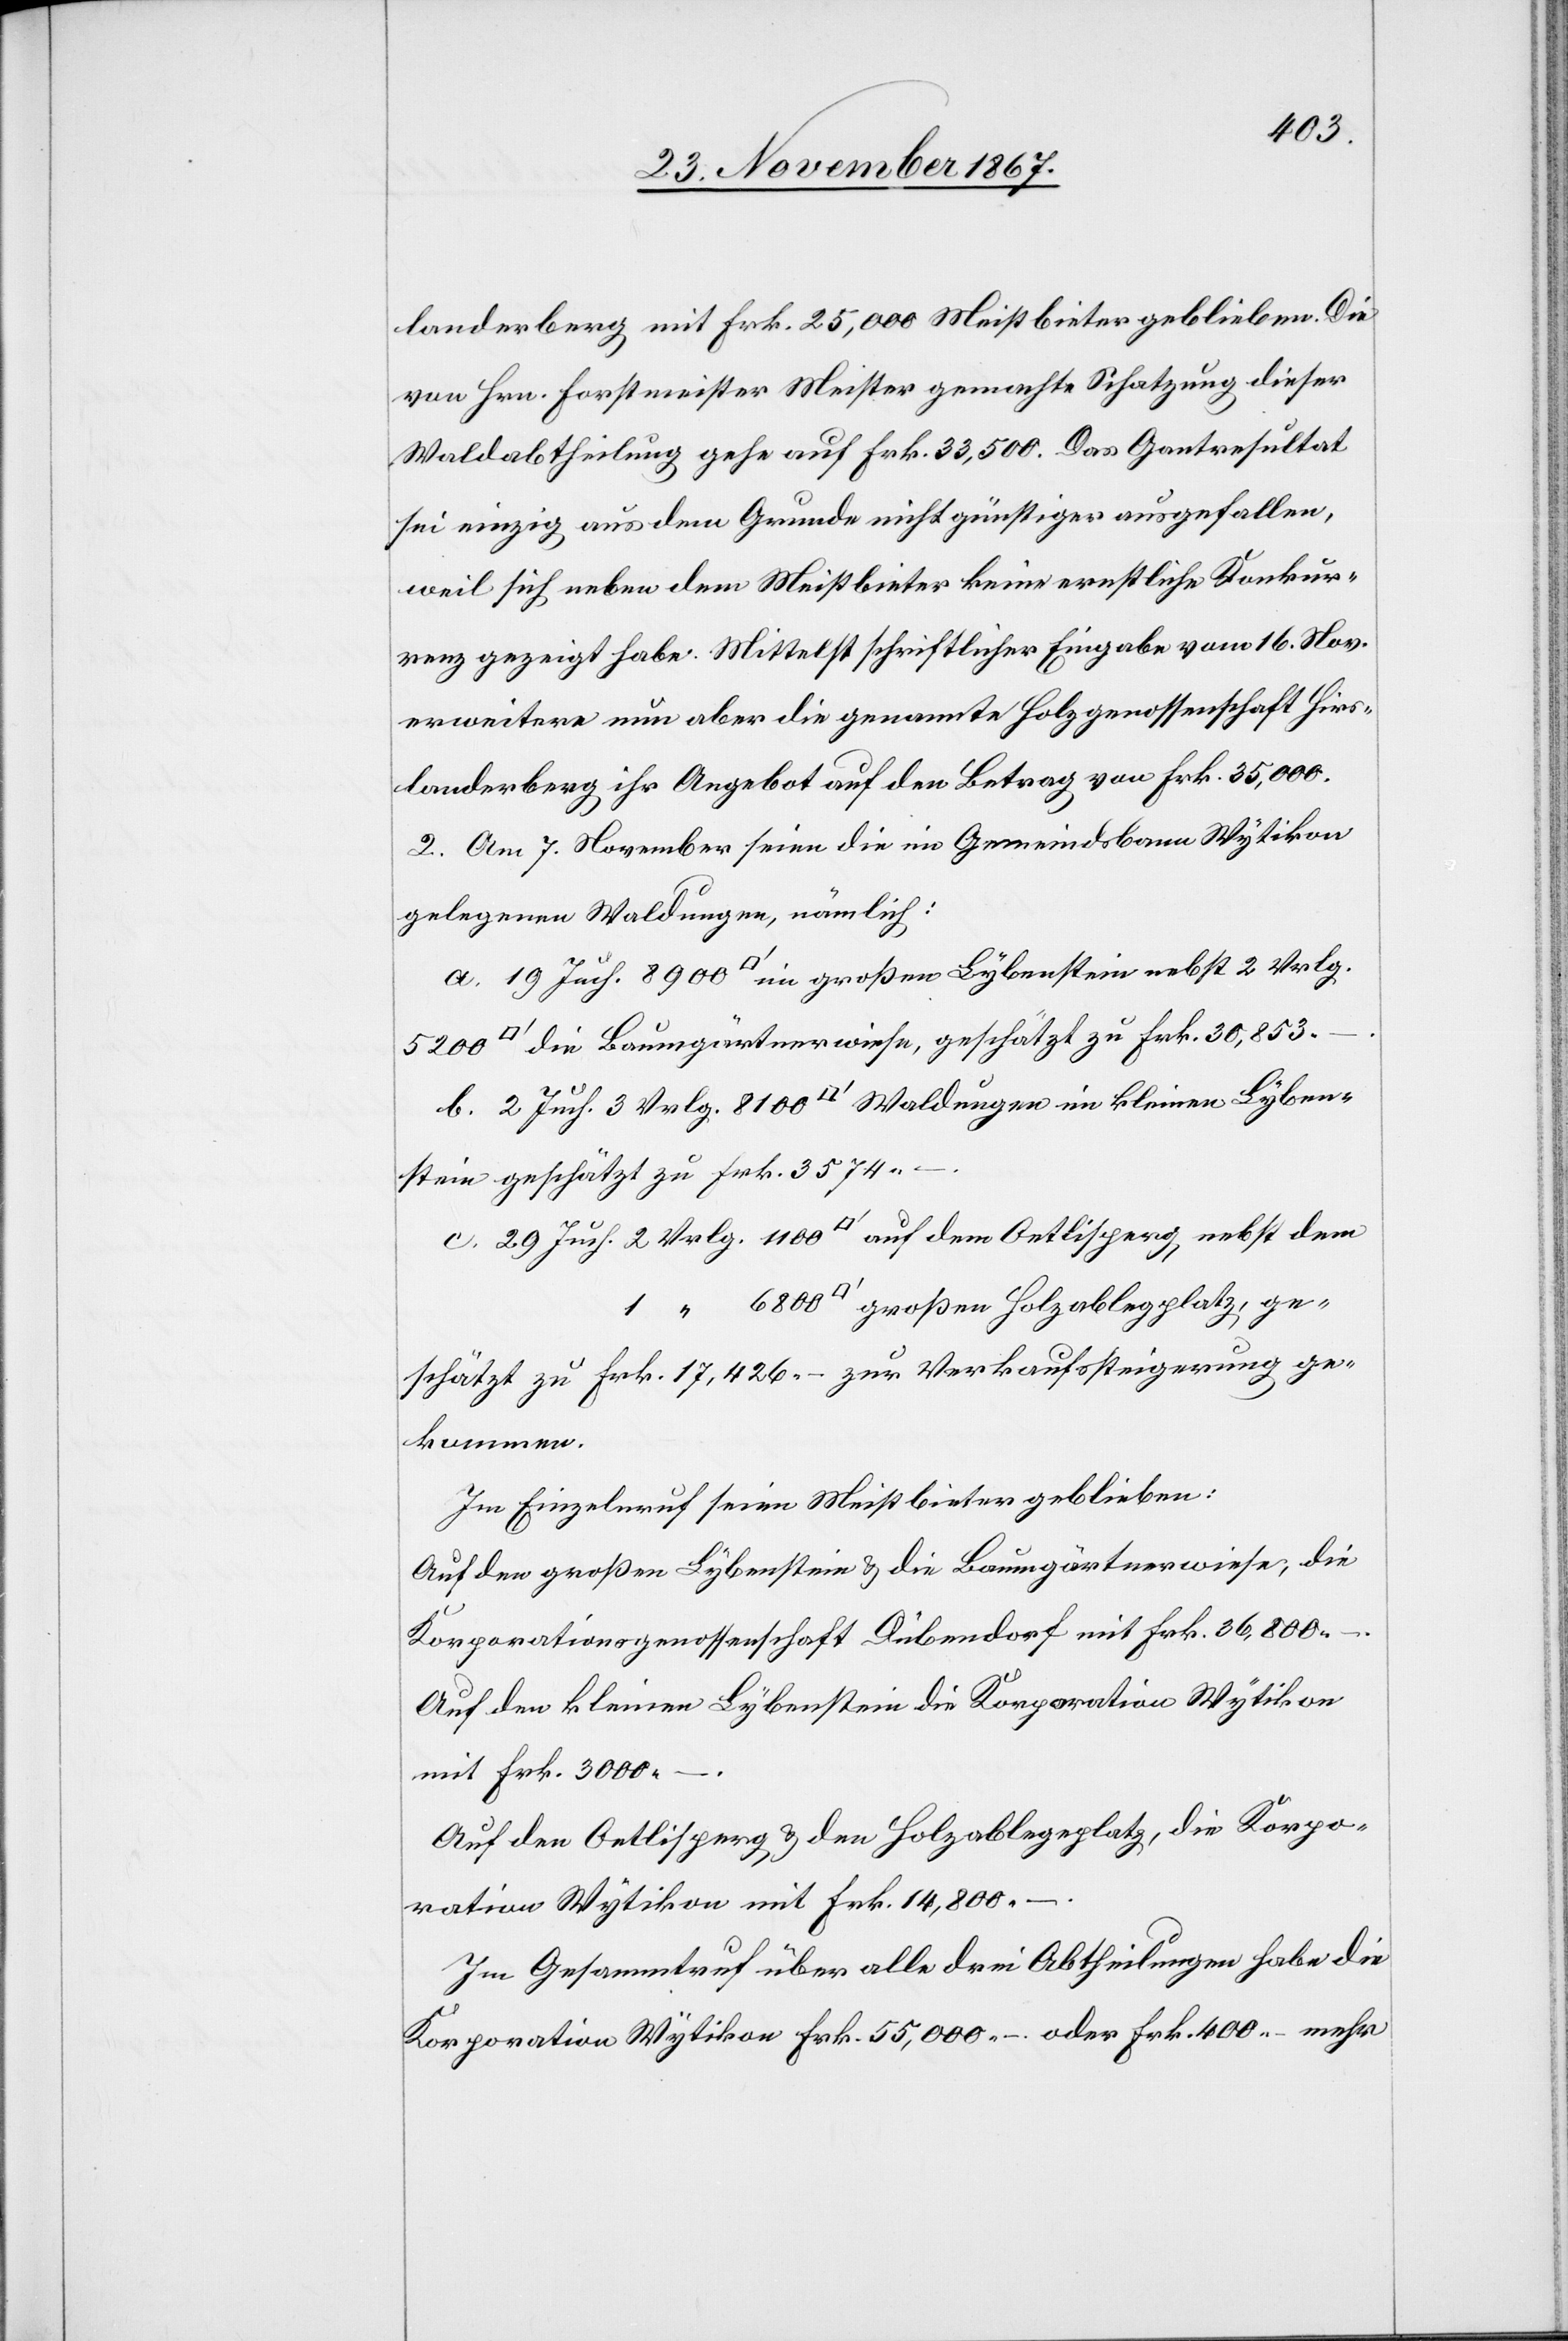
landerberg mit Frk. 25 000 Meistbieter geblieben. Die
von Hrn. Forstmeister Meister gemachte Schatzung dieser
Waldabtheilung gehe auf Frk. 33 500. Das Gantresultat
sei einzig aus dem Grunde nicht günstiger ausgefallen,
weil sich neben dem Meistbieter keine ernstliche Konkur¬
renz gezeigt habe. Mittelst schriftlicher Eingabe vom 16. Nov.
erweitere nun aber die genannte Holzgenossenschaft Hirs¬
landerberg ihr Angebot auf den Betrag von Frk. 35 000.
2. Am 7. November seien die im Gemeindsbann Wytikon
gelegenen Waldungen, nämlich:
a. 19 Juch. 8900 [Quadratfuß] im großen Lybenstein nebst 2 Vrlg.
die Baumgärtnerwiese, geschätzt zu Frk. 30 853.–.
b. 2 Juch 3 Vrlg. 8100 [Quadratfuß] Waldungen im kleinen Lyben¬
stein geschätzt zu Frk. 3574.–.
c. 29 Juch. 2 Vrlg. 1100 [Quadratfuß] auf dem Oetlisperg, nebst dem
schätzt zu Frk. 17 426.– zur Verkaufssteigerung ge¬
kommen.
Im Einzelnruf seien Meistbieter geblieben:
Auf den großen Lybenstein u. die Baumgärtnerwiese, die
ge¬
Korporationsgenossenschaft Dübendorf mit Frk. 36 800.–.
Auf den kleinen Lybenstein die Korporation Wytikon
mit Frk. 3000.–.
Auf den Oetlisperg u. den Holzablegplatz, die Korpo¬
ration Wytikon mit Frk. 14 800.–.
Im Gesammtruf über alle drei Abtheilungen habe die
Korporation Wytikon Frk. 55 000.– oder Frk. 400.– mehr